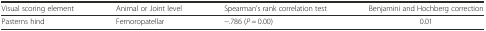
| Visual scoring element | Animal or Joint level | Spearman’s rank correlation test | Benjamini and Hochberg correction |
 | --- | --- | --- | --- |
 | Pasterns hind | Femoropatellar | −.786 (P = 0.00) | 0.01 |